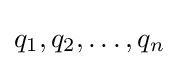
q_{1},q_{2},\ldots ,q_{n}